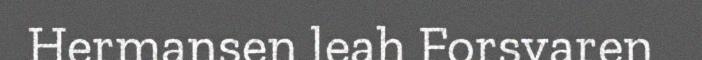
Hermansen leah Forsvaren